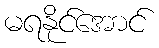
မရနိုင်အောင်